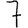
Digit: 7